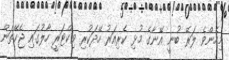
މިހެންވެ ލަރޭ ބުނީ އޭނާގެ މުޅި ކެރިއަރު ހޭދަކުރި ވިކްޓަރީ ހާލުގައި ޖެހޭތަން